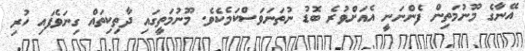
އޭނާގެ މޫނުމަތިން ފެންނަނީ އެއަށްވުރެ ބޮޑު ނުތަނަވަސްކަމެކެވެ. މޫނުމަތީގައި ދާތިކިތައް ގިނަވެފައި ހުރި